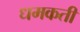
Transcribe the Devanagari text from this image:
धमकती